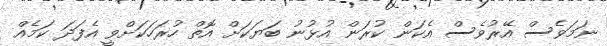
ނަމަވެސް އޭރުވެސް އެކަން ކުރަން އުޅުނު ބަޔަކަށް އޮތް ހުރަހަކަށްވީ އެފަދަ ކަމެއް